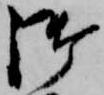
御